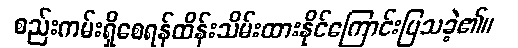
စည်းကမ်းရှိစေရန်ထိန်းသိမ်းထားနိုင်ကြောင်းပြသခဲ့၏။